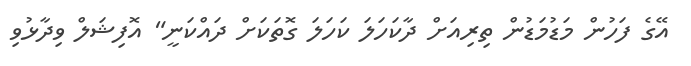
އޭގެ ފަހުން މަޑުމަޑުން ތިރިއަށް ދާކަހަލަ ކަހަލަ ގޮތަކަށް ދައްކަނީ" އޮފިޝަލް ވިދާޅުވި